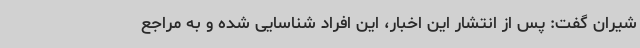
شیران گفت: پس از انتشار این اخبار، این افراد شناسایی شده و به مراجع